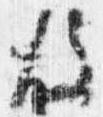
故